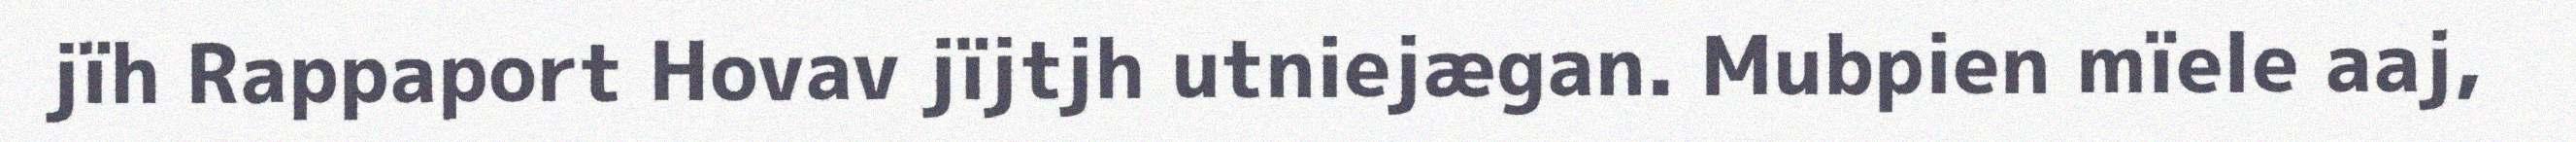
jïh Rappaport Hovav jïjtjh utniejægan. Mubpien mïele aaj,